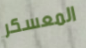
المعسكر